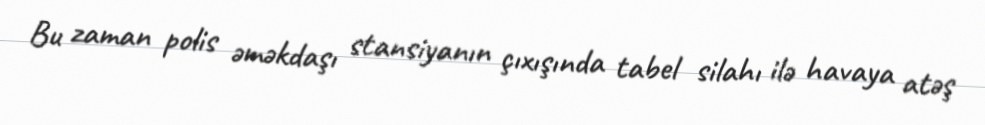
Bu zaman polis əməkdaşı stansiyanın çıxışında tabel silahı ilə havaya atəş